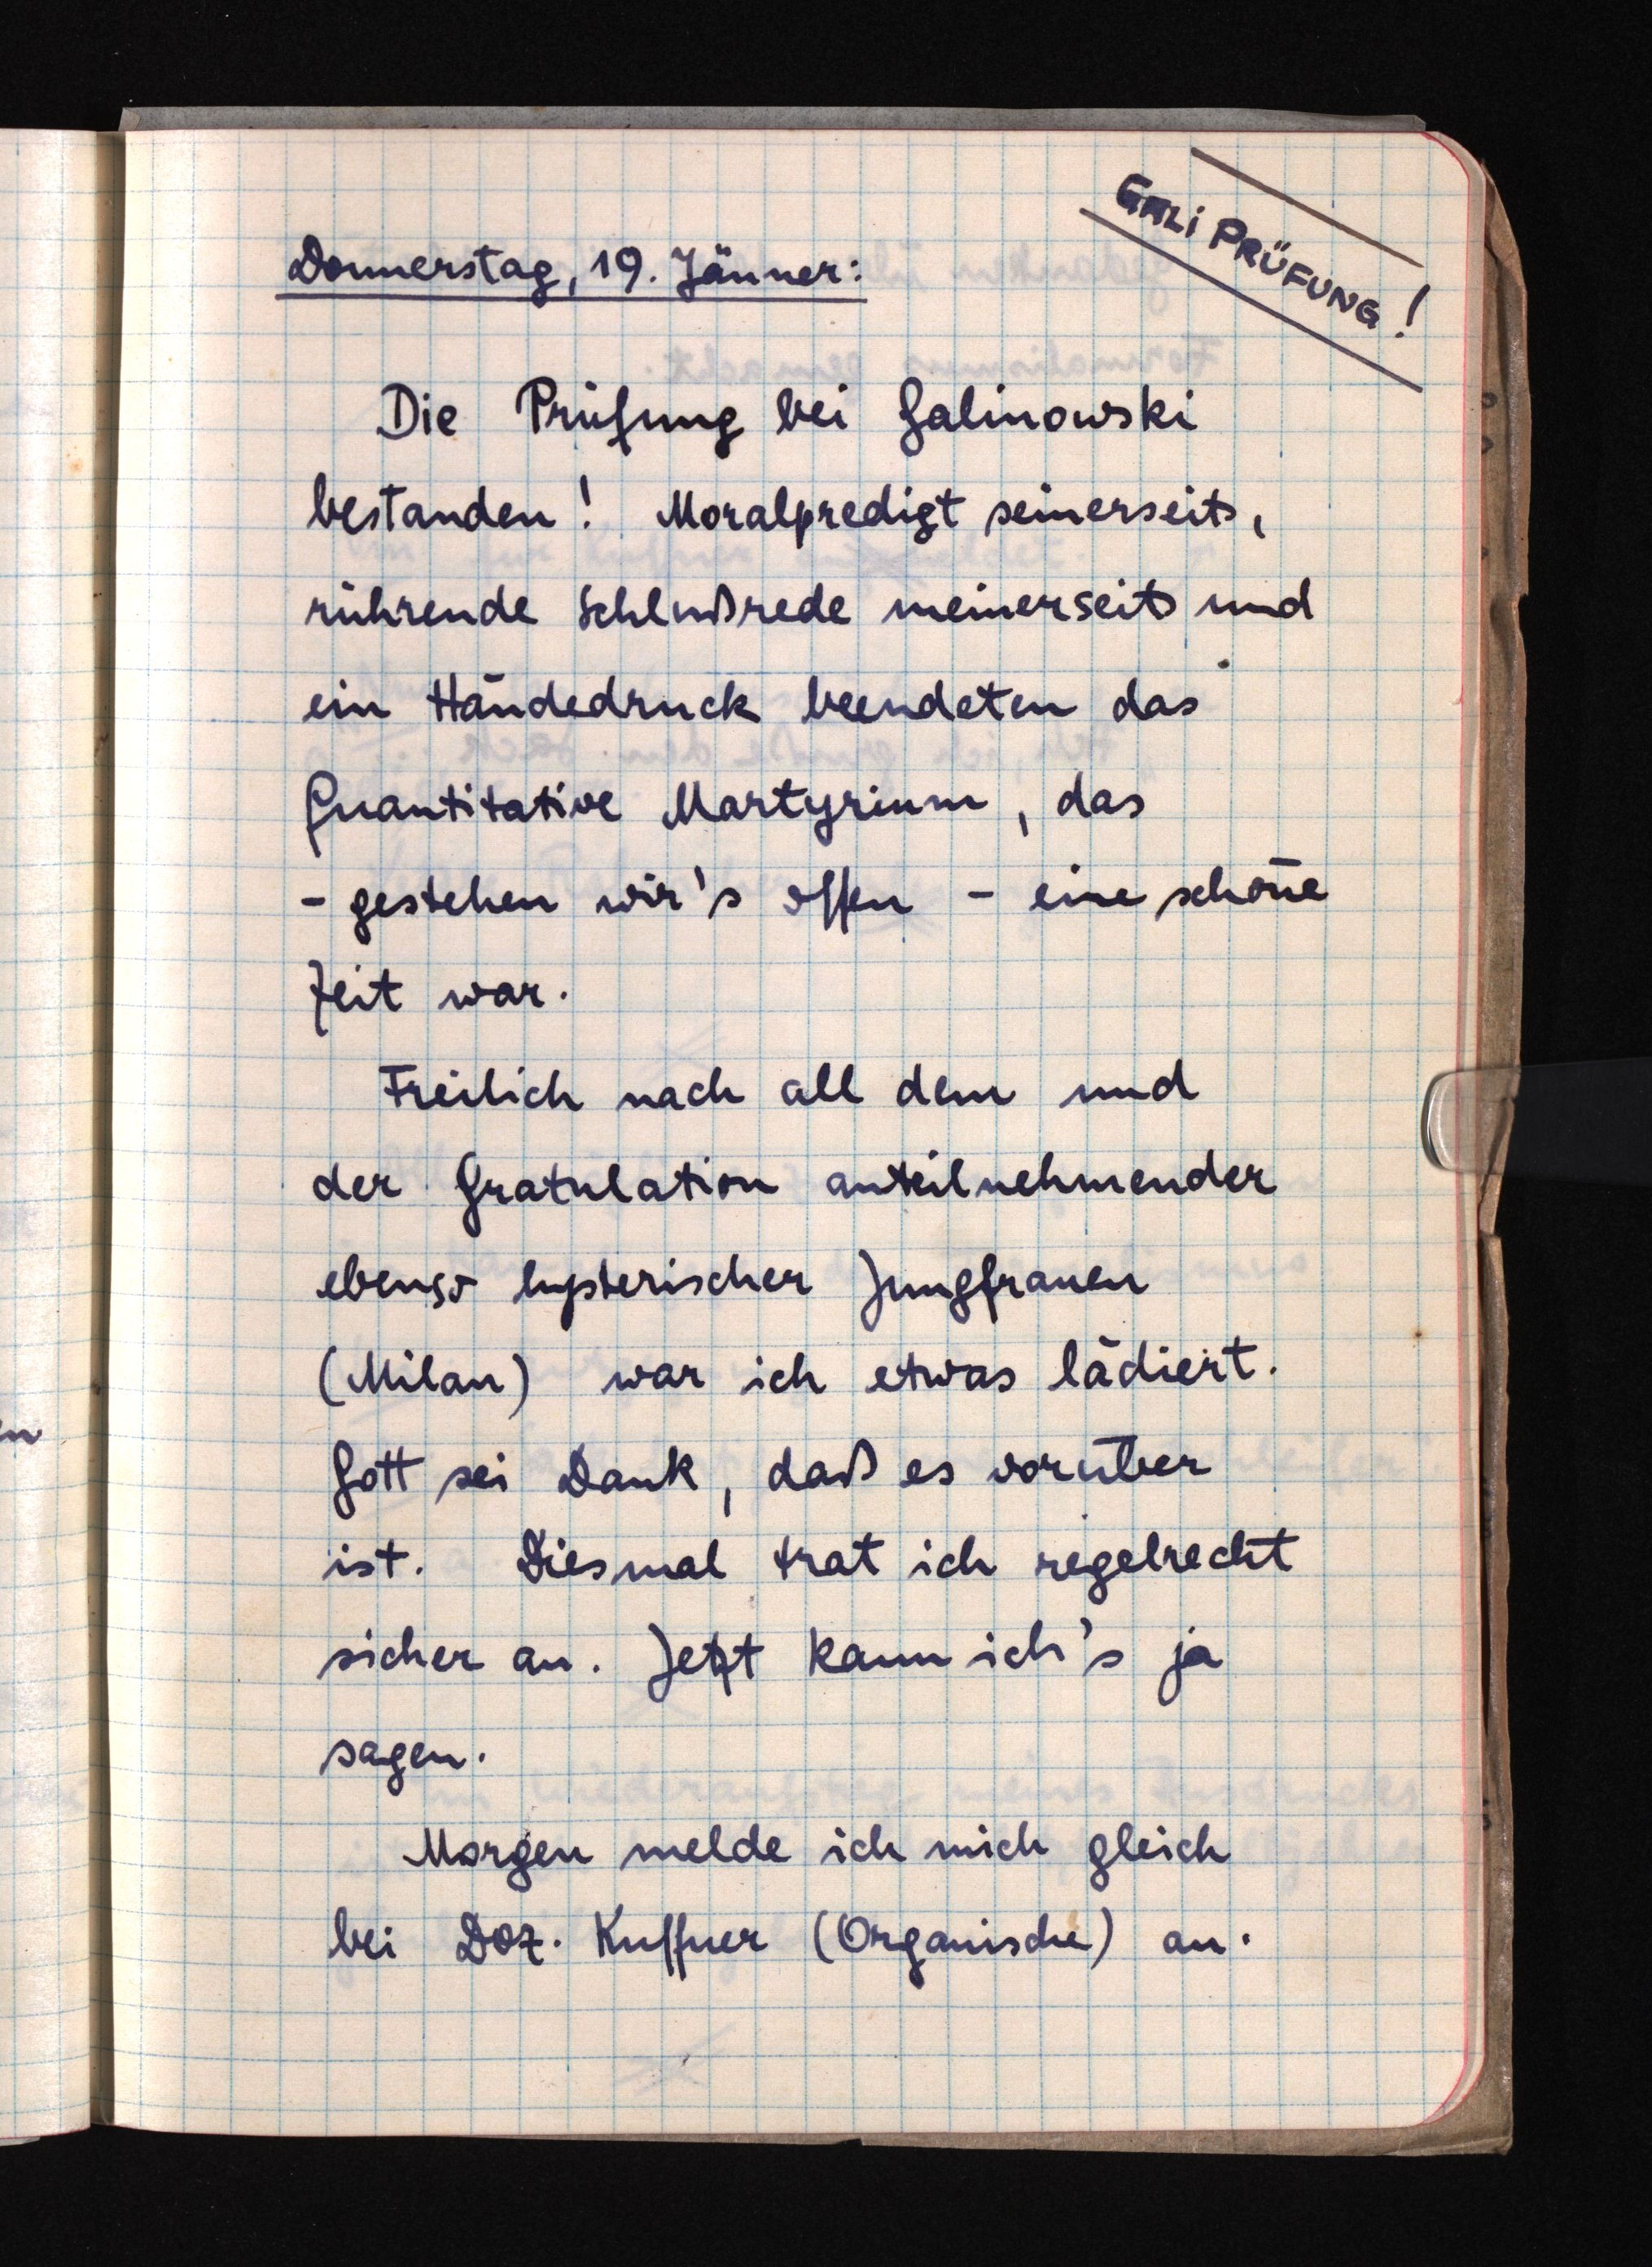
GALI PRÜFUNG!
Donnerstag, 19. Jänner:
Die Prüfung bei Galinowski
bestanden! Moralpredigt seinerseits,
rührende Schlußrede meinerseits und
ein Händedruck beendeten das
quantitative Martyrium, das
- gestehen wir's offen - eine schöne
Zeit war.
Freilich nach all dem und
der Gratulation anteilnehmender
ebenso hysterischer Jungfrauen
(Milan) war ich etwas lädiert.
Gott sei Dank, daß es vorüber
ist. Diesmal trat ich regelrecht
sicher an. Jetzt kann ich's ja
sagen.
Morgen melde ich mich gleich
bei Doz. Kuffner (Organische) an.